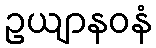
ဥယျာနဝနံ